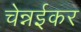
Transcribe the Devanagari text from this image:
चेन्नईकर